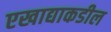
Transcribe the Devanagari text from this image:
एखाद्याकडील